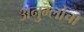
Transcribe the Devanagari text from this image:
अनुम्लोचा